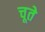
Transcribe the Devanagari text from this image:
चूते